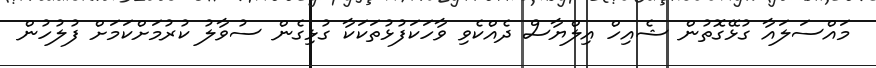
މައްސަލައާ ގުޅޭގޮތުން ޝެއިހް އިލްޔާސް ދެއްކެވި ވާހަކަފުޅުތަކަކާ ގުޅިގެން ސުވާލު ކުރުމަށްކަމަށް ފުލުހުން